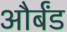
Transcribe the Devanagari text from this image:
और्बंड